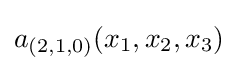
a_{(2,1,0)}(x_{1},x_{2},x_{3})